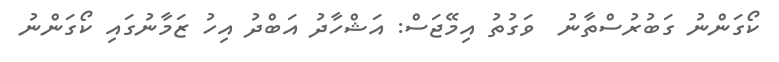
ކޯގަންނު ގަބުރުސްތާނު  ވަގުތު އިމޭޖަސް: އަޝްހާދު އަބްދު އިހު ޒަމާނުގައި ކޯގަންނު